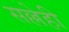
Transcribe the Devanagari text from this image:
सल्लेही